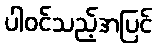
ပါဝင်သည့်အပြင်